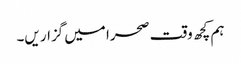
ہم کچھ وقت صحرا میں گزار یں۔